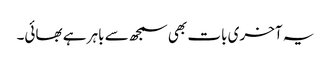
یہ آخری بات بھی سمجھ سے باہر ہے بھائی۔